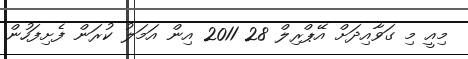
މިއީ މި ގަވާއިދަށް އޭޕްރިލް 28 2011 އިން އަމަލު ކުރަން ފެށިފަހުން